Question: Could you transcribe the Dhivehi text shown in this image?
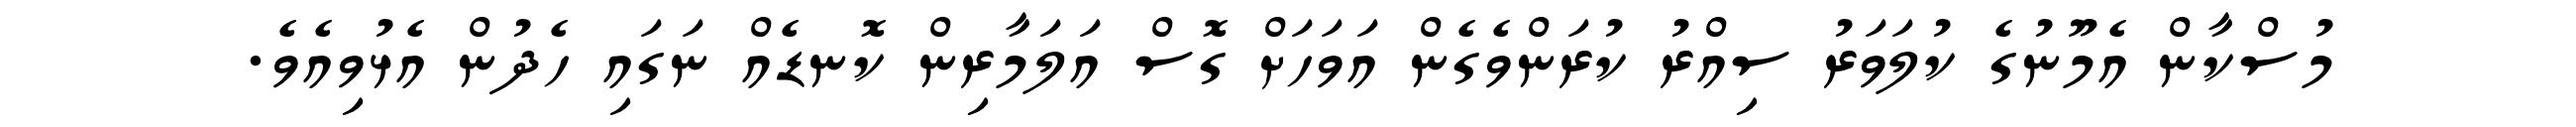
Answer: މުސްކާން އެމޫނުގެ ކުލަވަރު ސިއްރު ކުރަންވެގެން އަވަހަށް ގޮސް އަލަމާރިން ކޮނޑެއް ނަގައި ހެދުން އެޅުވިއެވެ.